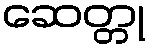
ဆေတ္တု